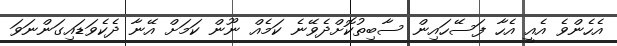
އެހެންވެ އެއީ އެހާ ފަސޭހައިން ސާބިތުކޮށްދެވޭނެ ކަމެއް ނޫން ކަމަށް އޭނާ ދެކެވަޑައިގަންނަވަ